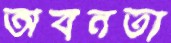
অবনতা